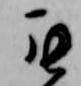
罷